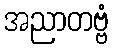
အညာတဗ္ဗံ